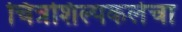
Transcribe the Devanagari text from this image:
चित्रशिल्पकलेचा